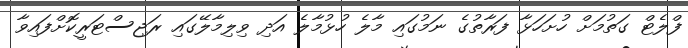
ފްލެޓް ގަތުމަށް ހުށަހަޅާ ފަރާތުގެ ނަމުގައި މާލެ ހުޅުމާލެ އަދި ވިލިމާލޭގައި ރަޖިސްޓަރީކޮށްފައިވާ